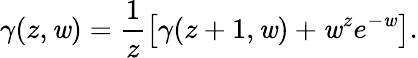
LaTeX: \gamma(z,\mathit{w})=\frac{{1}}{{z}}\left[\gamma(z+1,\mathit{w})+\mathit{w}^{z}e^{-\mathit{w}}\right].